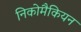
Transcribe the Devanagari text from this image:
निकोमैकियन